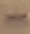
Text: -